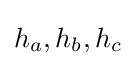
h_{a},h_{b},h_{c}